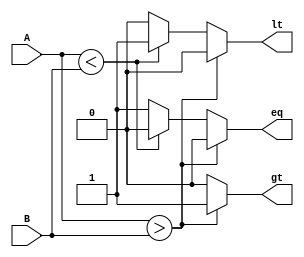
/*
For	actual	synthesis,	it	is	
common	to	have	a	structured	
design	representation	of	the	
comparator.
*/

// An n-bit comparator
module compare (A, B, lt, gt, eq);
    parameter word_size = 16;
    input [word_size-1:0] A, B;
    output reg lt, gt, eq;
    always @ (*)
    begin
        gt = 0; lt = 0; eq = 0;
        if (A > B) gt = 1;
        else if (A < B) lt = 1;
        else eq = 1;
    end
endmodule